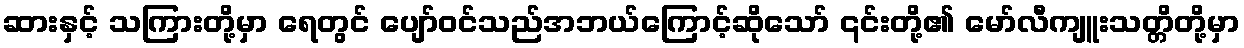
ဆားနှင့် သကြားတို့မှာ ရေတွင် ပျော်ဝင်သည်အဘယ်ကြောင့်ဆိုသော် ၎င်းတို့၏ မော်လီကျူးသတ္တိတို့မှာ